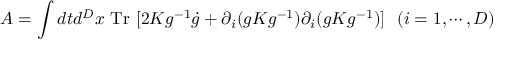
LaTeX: A = \int d t d ^ { D } x \mathrm { ~ T r ~ } [ 2 K g ^ { - 1 } \dot { g } + \partial _ { i } ( g K g ^ { - 1 } ) \partial _ { i } ( g K g ^ { - 1 } ) ] ~ ~ ( i = 1 , \cdots , D )